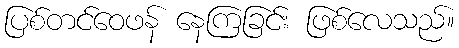
ပြစ်တင်ဝေဖန် နေကြခြင်း ဖြစ်လေသည်။